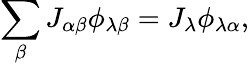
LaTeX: \sum_{\beta}J_{\alpha\beta}\phi_{\lambda\beta}=J_{\lambda}\phi_{\lambda\alpha},